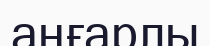
аңғарлы